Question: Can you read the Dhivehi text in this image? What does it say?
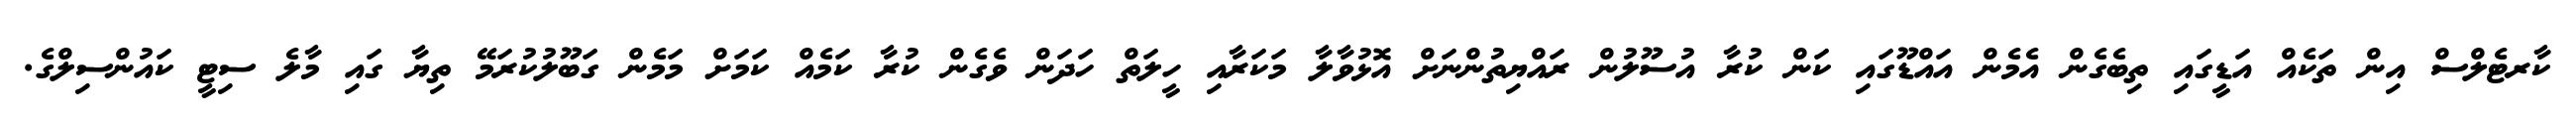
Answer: ކާރޓެލްސް އިން ތަކެއް އަޑީގައި ތިބެގެން އެމެން އައްޑޫގައި ކަން ކުރާ އުސޫލުން ރައްޔިތުންނަށް އޮޅުވާލާ މަކަރާއި ހީލަތް ހަދަން ވެގެން ކުރާ ކަމެއް ކަމަށް މަމެން ގަބޫލުކުރަމޭ ތިޔާ ގައި މާލެ ސިޓީ ކައުންސިލްގެ.